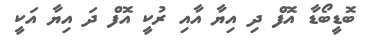
ބޮޑީބޯޑާ އޮފް ދި އިޔާ އާއި ރުކީ އޮފް ދަ އިޔާ އަކީ